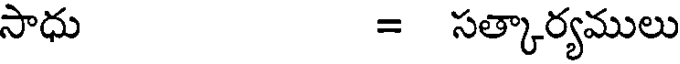
సాధు = సత్కార్యములు